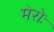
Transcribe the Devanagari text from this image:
मेरोः